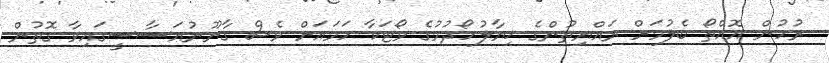
ރުހުން އޮއްތޯ ބެލުމަށް ރައްޔިތުންގެ ޚިޔާލުހޯދުމުގެ ވޯޓަކާ ހަމައަށް ވެސް ގާނޫނުއަސާސީގައިވާ ގޮތުން